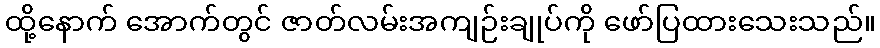
ထို့နောက် အောက်တွင် ဇာတ်လမ်းအကျဉ်းချုပ်ကို ဖော်ပြထားသေးသည်။